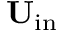
{ \bf { U } } _ { \mathrm { { i n } } }